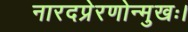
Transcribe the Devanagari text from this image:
नारदप्रेरणोन्मुखः।